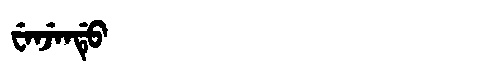
Manchu: ᠸᡝᠨᠵᡝᠨᡩᡠ
Romanization: WENJENDU